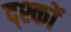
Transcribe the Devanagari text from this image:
द्श्कों